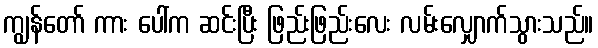
ကျွန်တော် ကား ပေါ်က ဆင်းပြီး ဖြည်းဖြည်းလေး လမ်းလျှောက်သွားသည်။